Report on sanitation, dispensaries, and jails in Rajputana for 1914, and on vaccination for the year 1914-1915 - 1914-1915
Year: 1914
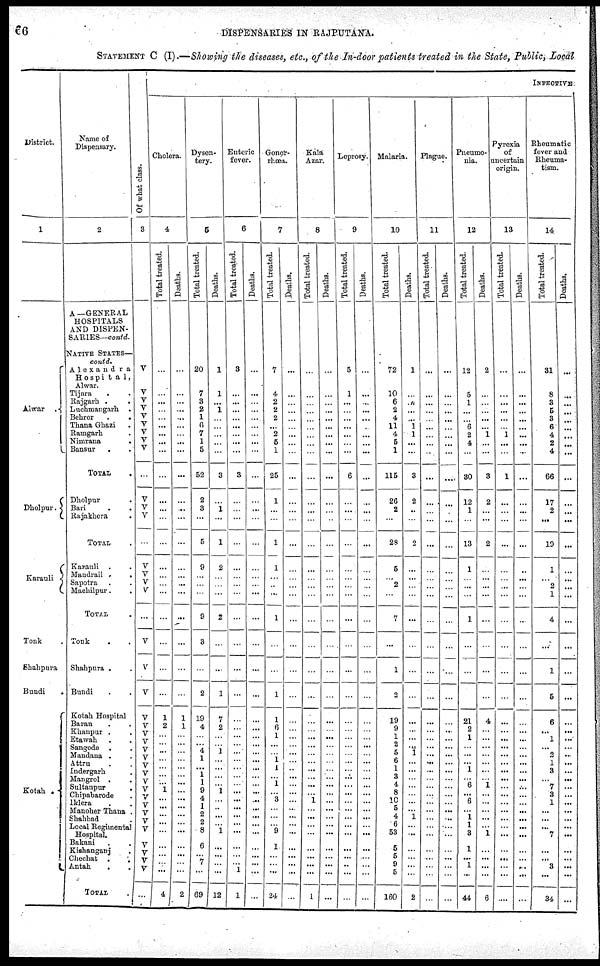
66
DISPENSARIES IN RAJPUTANA.
STATEMENT C (I).—Showing the diseases, etc., of the In-door patients treated in the State, Public, Local
District.
1
Alwar .
Dholpur.
Karauli
Tonk
Shahpura
Bundi
.
Kotah .
Name of
Dispensary.
2
A—GENERAL
HOSPITALS
AND DISPEN-
SARIES— contd.
NATIVE STATES—
contd.
Alexandra
Hospital,
Alwar.
Tijara . .
Rajgarh . .
Luchmangarh .
Behrer . .
Thana Ghazi .
Ramgarh .
Nimrana
.
Bansur . .
TOTAL .
Dholpur .
Bari . .
Rajakhera . .
TOTAL .
Karauli . .
Mandrail . .
Sapotra . .
Machilpur . .
TOTAL .
Tonk . .
Shahpura . .
Bundi . .
Kotah Hospital .
Baran . .
Khanpur . .
Etawah . .
Sangode . .
Mandana . .
Attru . .
Indergarh . .
Mangrol . .
Sultanpur . .
Chipabarode .
Iklera . .
Mancher Thana .
Shahbad .
Local Regimental
Hospital.
Bakani . .
Kishanganj .
Chechat .
.
Antah . .
TOTAL .
Of what class.
3
V
V
V
V
V
V
V
V
V
...
V
V
V
...
V
V
V
V
...
V
V
V
V
V
V
V
V
V
V
V
V
V
V
V
V
V
V
V
V
V
V
...
INPECTIVE
Cholera.
4
Total treated.
...
...
...
...
...
...
...
...
...
...
...
...
...
...
...
...
...
...
...
...
...
...
1
2
...
...
...
...
...
...
...
1
...
...
...
...
...
...
...
...
...
4
Deaths.
...
...
...
...
..
...
...
...
...
...
...
...
...
...
...
...
...
...
...
...
...
...
1
1
...
...
...
...
...
...
...
...
...
...
...
...
...
...
...
...
...
2
Dysen-
tery.
5
Total treated.
20
7
3
2
1
6
7
1
6
52
2
3
...
5
9
...
...
...
9
3
...
2
19
4
...
... 4
1
... 1
1
9
4
1
2
2
8
6
... 7
...
69
Deat hs .
1
1
...
1
...
...
...
...
...
3
...
1
...
1
2
...
...
...
2
...
...
1
7
2
...
...
1
...
...
...
...
1
...
...
...
...
1
...
...
...
...
12
Enteric
fever.
6
Tot al treated.
3
...
...
...
...
...
...
...
...
3
...
...
...
...
...
...
...
...
...
...
...
...
...
...
...
...
...
...
...
...
...
...
...
...
...
...
...
...
...
...
1
1
Deaths.
...
...
...
...
...
...
...
...
...
...
...
...
...
...
...
...
...
...
...
...
...
...
...
...
...
...
...
...
...
...
...
...
...
...
...
...
...
...
...
...
...
...
Gonor-
rhœa.
7
Total treated.
7
4
2
2
2
...
2
5
1
25
1
...
...
1
1
...
...
...
1
...
...
1
1
6 1
...
...
1
1
...
1
...
3
...
...
...
9
1
...
...
...
24
Deaths.
...
...
...
...
...
...
...
...
...
...
...
...
...
...
...
...
...
...
...
...
...
...
...
...
...
...
...
...
...
...
...
...
...
...
...
...
...
...
...
...
...
...
Kala
Azar.
8
Total treated.
...
...
...
...
...
...
...
...
...
...
...
...
...
...
...
...
...
...
...
...
...
...
...
...
...
...
...
...
...
...
...
...
1
...
...
...
...
...
...
...
...
1
Deaths.
...
...
...
...
...
...
...
...
...
...
...
...
...
...
...
...
...
...
...
...
...
...
...
...
...
...
...
...
...
...
...
...
...
...
...
...
...
...
...
...
...
...
Leprosy.
9
Total treated.
5
1
...
...
...
...
...
...
...
6
...
...
...
...
...
...
...
...
...
...
...
...
...
...
...
...
...
...
...
....
...
...
...
...
...
...
...
...
...
...
...
...
Deaths.
...
...
...
...
...
...
...
...
...
...
...
...
...
...
...
...
...
...
...
...
...
...
...
...
...
...
...
...
...
...
...
...
...
...
...
...
...
...
...
...
...
...
Malaria.
10
Total treated.
72
10
6
2
4
11
4
5
1
115
26
2
...
28
5
... 2
...
7
...
1
2
19
9
1
2
5
6
1
3
4
8
10
5
4
6
53
5
5
9
5
160
Deaths.
1
...
...
...
... 1
1
...
...
3
2
...
...
2
...
...
...
...
...
...
...
...
...
...
...
...
1
...
...
...
...
...
...
...
1
...
...
...
...
...
...
2
Plague.
11
Total treated.
...
...
...
...
...
...
...
...
...
...
...
...
...
...
...
...
...
...
...
...
...
...
...
...
...
...
...
...
...
...
...
...
...
...
...
...
...
...
...
...
...
...
Deaths.
...
...
...
...
...
...
...
...
...
....
...
...
...
...
...
...
...
...
...
...
...
...
...
...
...
...
...
...
...
...
...
...
...
...
...
...
...
...
...
...
...
...
Pneumo-
nia.
12
Total treated.
12
5
1
...
... 6
2
4
...
30
12
1
...
13
1
...
...
...
1
...
...
...
21
2
1
...
...
...
1
...
6
...
6
...
1
1
3
1
...
1
...
44
Deaths.
2
...
...
...
...
...
1
...
...
3
2
...
...
2
...
...
...
...
...
...
...
...
4
...
...
...
...
...
...
...
1
...
...
...
...
...
1
...
...
...
...
6
Pyrexia
of
uncertain
origin.
13
Tot al treated.
...
...
...
...
...
...
1
...
...
1
...
...
...
...
...
...
...
...
...
...
...
...
...
...
...
...
...
...
...
...
...
...
...
...
...
...
...
...
...
...
...
....
Deat hs .
...
...
...
...
...
...
...
...
...
...
...
...
...
...
...
...
...
...
...
...
...
...
...
...
...
...
...
...
...
...
...
...
...
...
...
...
...
...
...
...
...
...
Rheumatic
fever and
Rheuma-
tism.
14
Total treated.
31
8
3
5
3
6
4
2
4
66
17
2
...
10
1
...
2
1
4
...
1
5
6
...
1
...
2
...
...
...
7
3
...
...
...
...
7
...
...
...
...
34
Deaths.
...
...
...
...
...
...
...
...
...
...
...
...
...
...
...
...
...
...
...
...
...
...
...
...
...
...
...
...
......
...
...
...
...
...
...
...
...
...
...
...
...
...